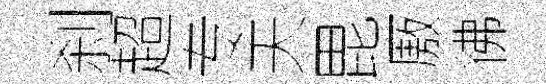
刹超专天毘厫彿